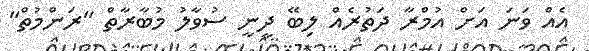
އެއް ވަނަ އަަށް އުމްރާ ދަތުރެއް ލިބޭ ދީނީ ސުވާލު މުބާރާތް "ރަންމުތް"